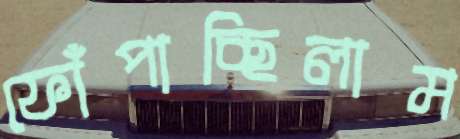
ফোঁপাচ্ছিলাম